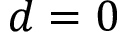
d = 0